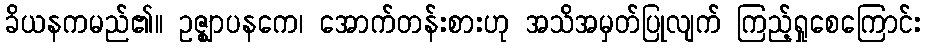
ခိယနကမည်၏။ ဥဇ္ဈာပနကေ၊ အောက်တန်းစားဟု အသိအမှတ်ပြုလျက် ကြည့်ရှုစေကြောင်း